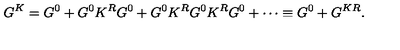
G ^ { K } = G ^ { 0 } + G ^ { 0 } K ^ { R } G ^ { 0 } + G ^ { 0 } K ^ { R } G ^ { 0 } K ^ { R } G ^ { 0 } + \cdots \equiv G ^ { 0 } + G ^ { K R } .